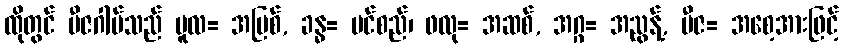
ထိုတွင် ဗီဇဂါမ်သည် မူလ= အမြစ်, ခန္ဓ= ပင်စည်၊ ဖလု= အဆစ်, အဂ္ဂ= အညွန့်, ဗီဇ= အစေ့အားဖြင့်